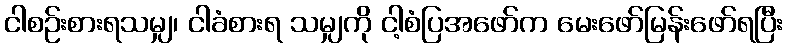
ငါစဉ်းစားရသမျှ၊ ငါခံစားရ သမျှကို ငါ့စံပြအဖော်က မေးဖော်မြန်းဖော်ရပြီး